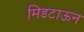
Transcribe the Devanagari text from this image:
मिडटाऊन